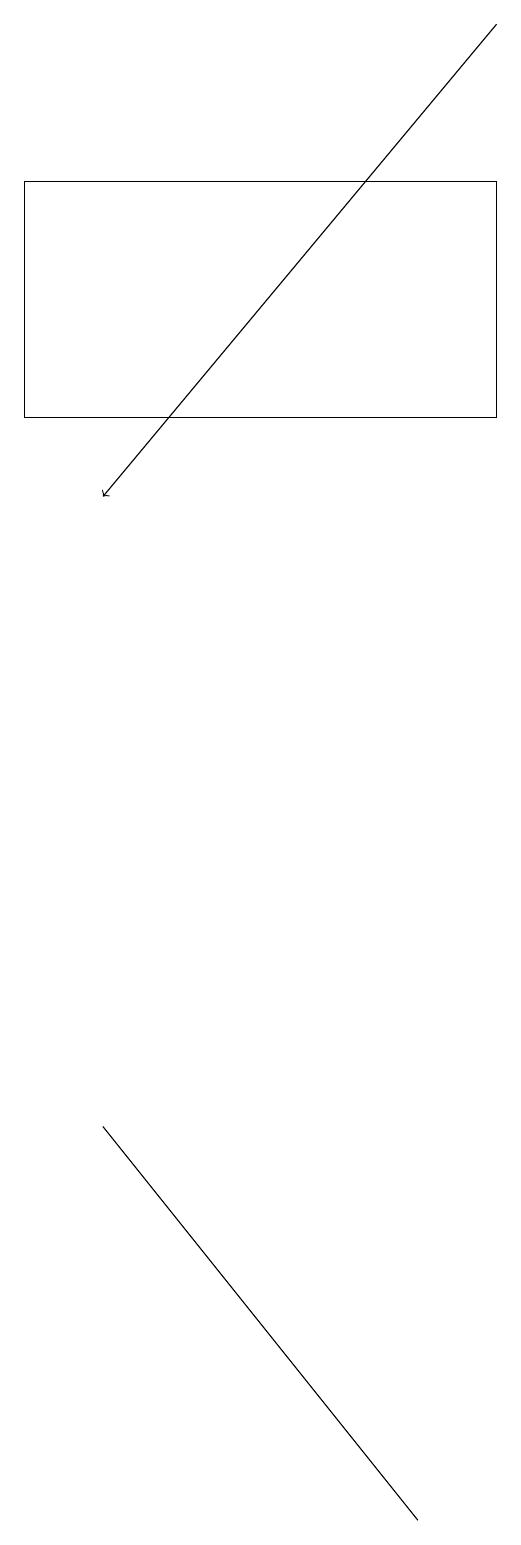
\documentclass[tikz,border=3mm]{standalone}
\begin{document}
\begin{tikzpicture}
\draw (6,14) rectangle (0,17);
\draw (5,0) -- (1,5) -- (5,0) -- cycle;
\draw[->] (6,19) -- (1,13);
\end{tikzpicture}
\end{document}